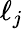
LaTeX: \ell_{j}